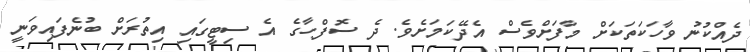
ދެއްކުނު ވާހަކަތަކަށް މާފަށްވެސް އެދޭކަމަށެވެ. ދެ ސޮފްހާގެ އެ ސިޓީގައި އިތުރަށް ބުނެފައިވަނީ